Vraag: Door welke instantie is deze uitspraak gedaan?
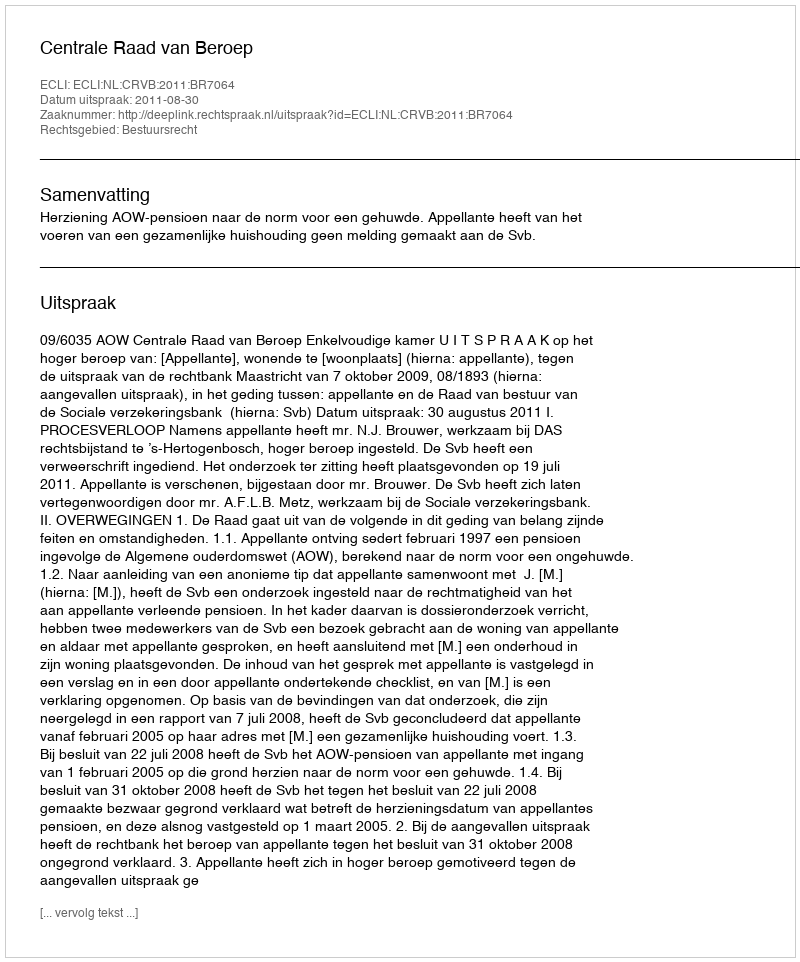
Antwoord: Centrale Raad van Beroep